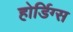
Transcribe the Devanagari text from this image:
होर्डिग्स